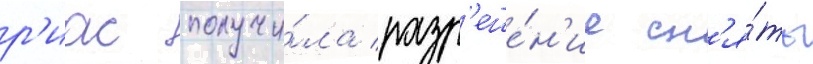
р'иас получи́ла разр'еше́н'ие сн'я́ть